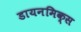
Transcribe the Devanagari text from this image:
डायनमिक्स